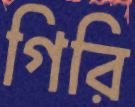
গিরি